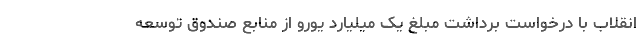
انقلاب با درخواست برداشت مبلغ یک میلیارد یورو از منابع صندوق توسعه